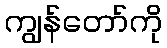
ကျွန်တော်ကို